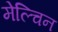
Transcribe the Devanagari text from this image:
मेल्चिन